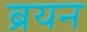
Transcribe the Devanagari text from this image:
ब्रयन